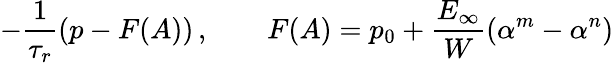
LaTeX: -\frac{1}{\tau_{r}}\left(p-F(A)\right)\, ,\qquad F(A)=p_{0}+\frac{E_{\infty}}{W}\left(\alpha^{m}-\alpha^{n}\right)